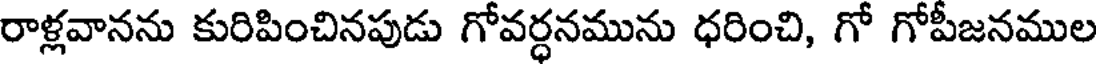
రాళ్లవానను కురిపించినపుడు గోవర్ధనమును ధరించి, గో గోపీజనముల